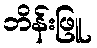
ဘိန်းဖြူ